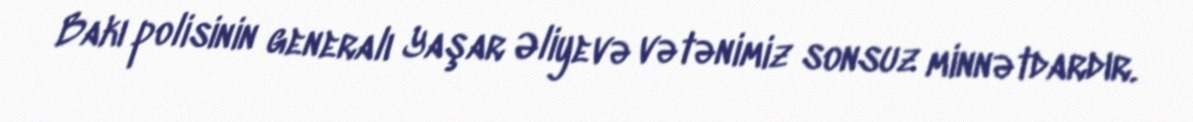
Bakı polisinin generalı Yaşar Əliyevə vətənimiz sonsuz minnətdardır.